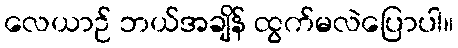
လေယာဉ် ဘယ်အချိန် ထွက်မလဲပြောပါ။